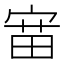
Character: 𫳝